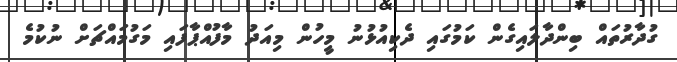
ގުދާރުތައް ބިންދާލައިގެން ކަމުގައި ދެކިއުޅުނު މީހުން މިއަދު މާފުއްޕާފައި މަގުމައްޗަށް ނުކުމެ